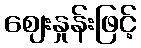
ဈေးနှုန်းဖြင့်